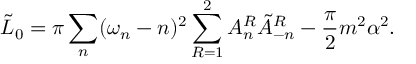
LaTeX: \tilde { L } _ { 0 } = \pi \sum _ { n } ( \omega _ { n } - n ) ^ { 2 } \sum _ { R = 1 } ^ { 2 } A _ { n } ^ { R } \tilde { A } _ { - n } ^ { R } - \frac { \pi } { 2 } m ^ { 2 } \alpha ^ { 2 } .